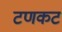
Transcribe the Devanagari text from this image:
टणकट